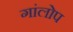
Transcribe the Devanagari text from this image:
गांलोप